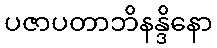
ပဇာပတာဘိနန္ဒိနော